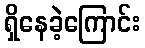
ရှိနေခဲ့ကြောင်း